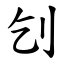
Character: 刉